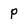
Character: P